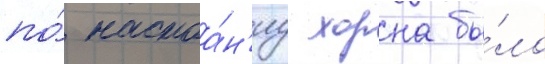
по́ настоа́н'иу хорна бы́ло